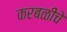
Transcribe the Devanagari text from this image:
करबळीचे